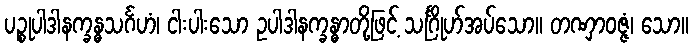
ပဉ္စုပါဒါနက္ခန္ဓသင်္ဂဟံ၊ ငါးပါးသော ဥပါဒါနက္ခန္ဓာတို့ဖြင့် သင်္ဂြိုဟ်အပ်သော။ တဏှာဝဇ္ဇံ၊ သော။